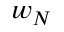
w _ { N }